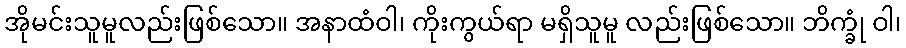
အိုမင်းသူမူလည်းဖြစ်သော။ အနာထံဝါ၊ ကိုးကွယ်ရာ မရှိသူမူ လည်းဖြစ်သော။ ဘိက္ခုံ ဝါ၊